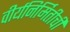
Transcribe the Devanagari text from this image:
वीर्यनिर्मितीची